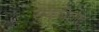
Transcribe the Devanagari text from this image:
सुकवितात